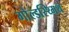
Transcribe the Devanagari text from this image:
गोल्डस्थ्मिथ